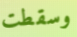
وسقطت